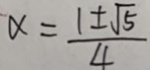
\alpha = \frac { 1 \pm \sqrt { 5 } } { 4 }